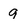
Character: 9